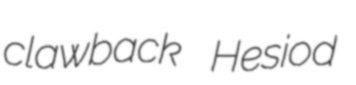
clawback Hesiod